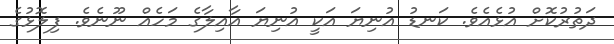
ދަތުރުކޮށް އުޅެއެވެ. ކަނޑު އުނިޔަ އަކީ އުނިޔަ އާއިލާގެ މަހެއް ނޫނެވެ. ފިލޮޅުގެ